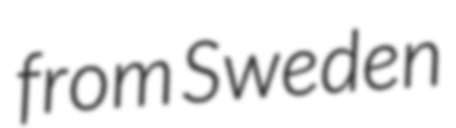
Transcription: from Sweden